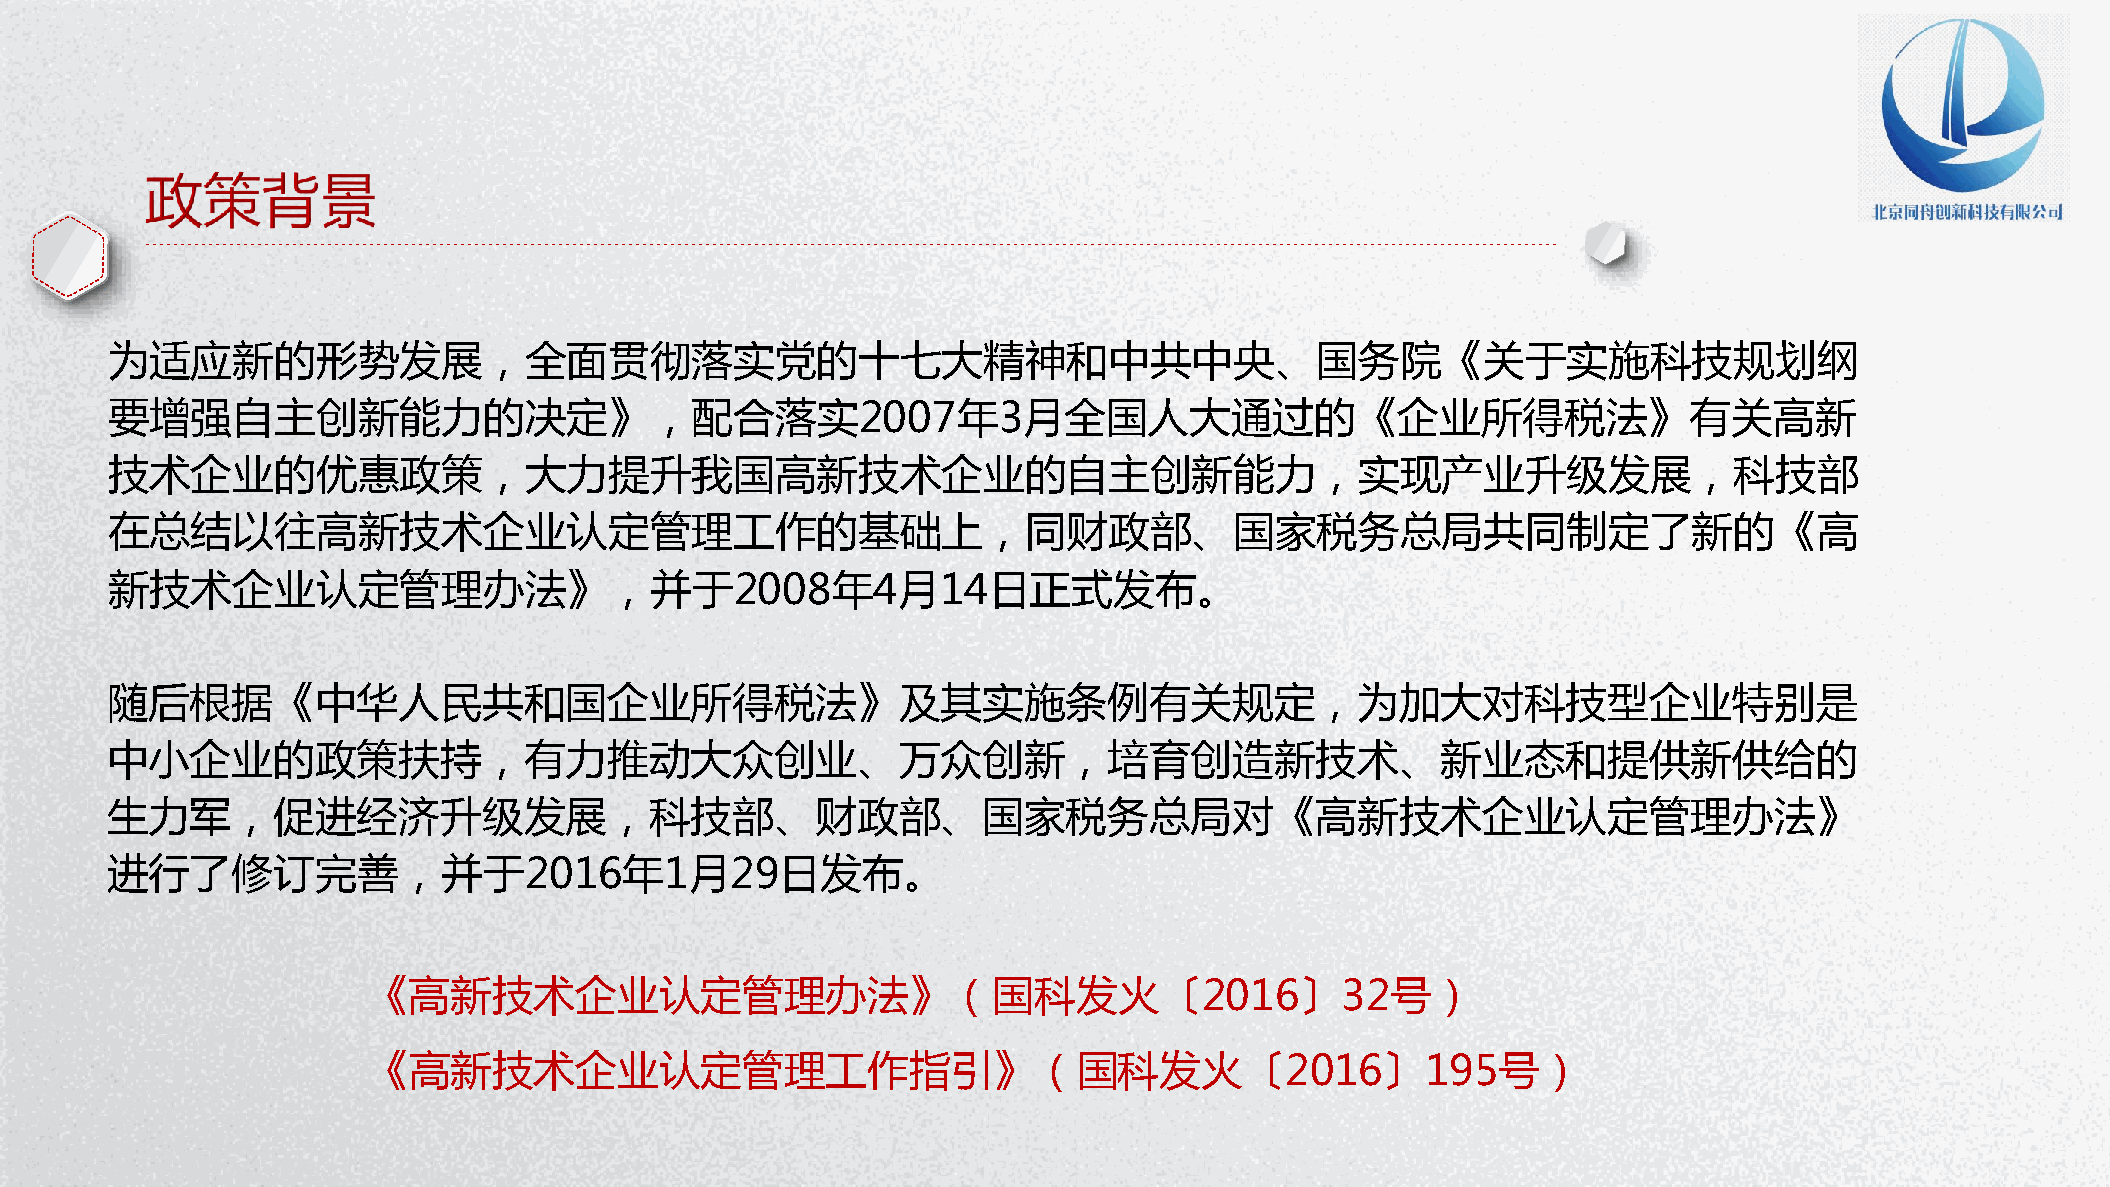
为适应新的形势发展，全面贯彻落实党的十七大精神和中共中央、国务院《关于实施科技规划纲
 要增强自主创新能力的决定》，配合落实2007年3月全国人大通过的《企业所得税法》有关高新
 技术企业的优惠政策，大力提升我国高新技术企业的自主创新能力，实现产业升级发展，科技部
 在总结以往高新技术企业认定管理工作的基础上，同财政部、国家税务总局共同制定了新的《高
 新技术企业认定管理办法》，并于2008年4月14日正式发布。
 随后根据《中华人民共和国企业所得税法》及其实施条例有关规定，为加大对科技型企业特别是
 中小企业的政策扶持，有力推动大众创业、万众创新，培育创造新技术、新业态和提供新供给的
 生力军，促进经济升级发展，科技部、财政部、国家税务总局对《高新技术企业认定管理办法》
 进行了修订完善，并于2016年1月29日发布。
 《高新技术企业认定管理办法》（国科发火〔2016〕32号）
 《高新技术企业认定管理工作指引》（国科发火〔2016〕195号）
 P节P优W资范教字PPo日秀料文案体TTr模背d下下下下PP教板景PP载载载载TT程下模图下：：：：：载板片载wwww：：：： wwwwwwwwwwwwww....wwwww1111.ppppwwww1pppp....ptttt1111p....ppppcccctoooopppp.cmmmmtttto....ccccm////oooozfjziammmmi i/ al tnwioia//// /waomjbxoii ne ere /ao dr n/izjb i /ia //n a i /gn / / 行 PP P PEPP 试P业 PxTTT cT图教 卷e素P 课lP 教下表程材T 件模 程下： 载下 下板 ：载 ：载w载： w： ww： ：www www wwww .ww1.w.w p1w 1wppw. p.1.tpp1 .1.p t1p tcp .p o .ppcp ct mopot.t.mtc. m/c .ocopco /m /omoem smxw h/// ch it /e ts eau kiurl/nb e/pc g jiaoa iy ai io/ ne n// t/ /